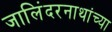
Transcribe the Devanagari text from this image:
जालिंदरनाथांच्या